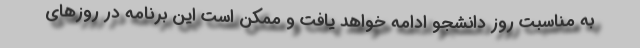
به مناسبت روز دانشجو ادامه خواهد یافت و ممکن است این برنامه در روزهای